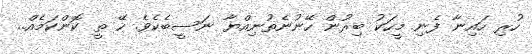
ހުރި ހައިނާ ފެނި މީހަކު ބިރުން ހޭނުނެތުނިއްޔާ ނަސީބެކެވެ. ހޭ ތީ ކޮންކަމެއް..